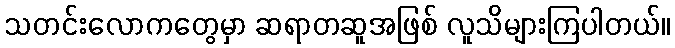
သတင်းလောကတွေမှာ ဆရာတဆူအဖြစ် လူသိများကြပါတယ်။